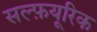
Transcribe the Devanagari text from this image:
सल्फ़यूरिक